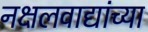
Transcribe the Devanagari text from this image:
नक्षलवाद्यांच्या